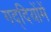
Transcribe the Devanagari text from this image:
गद्दियोंमें